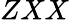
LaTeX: ZXX